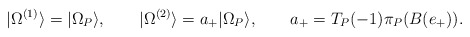
\begin{align*}|\Omega^{(1)}\rangle = |\Omega_P\rangle, \qquad|\Omega^{(2)}\rangle = a_+ |\Omega_P\rangle,\qquad a_+ = T_P(-1)\pi_P(B(e_+)).\end{align*}